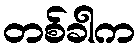
တစ်ခါက